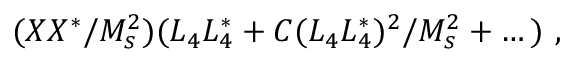
( X X ^ { * } / M _ { s } ^ { 2 } ) ( L _ { 4 } L _ { 4 } ^ { * } + C ( L _ { 4 } L _ { 4 } ^ { * } ) ^ { 2 } / M _ { s } ^ { 2 } + \dots ) ~ ,